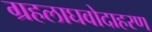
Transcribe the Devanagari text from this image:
ग्रहलाघवोदाहरण